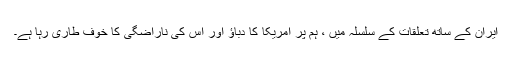
ایران کے ساتھ تعلقات کے سلسلہ میں ، ہم پر امریکا کا دباؤ اور اس کی ناراضگی کا خوف طاری رہا ہے۔